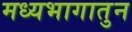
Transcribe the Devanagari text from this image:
मध्यभागातुन